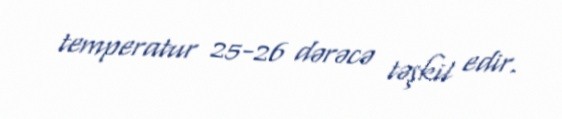
temperatur 25-26 dərəcə təşkil edir.